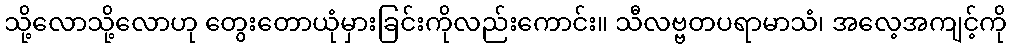
သို့လောသို့လောဟု တွေးတောယုံမှားခြင်းကိုလည်းကောင်း။ သီလဗ္ဗတပရာမာသံ၊ အလေ့အကျင့်ကို